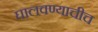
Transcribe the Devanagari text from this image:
घालवण्याचीच